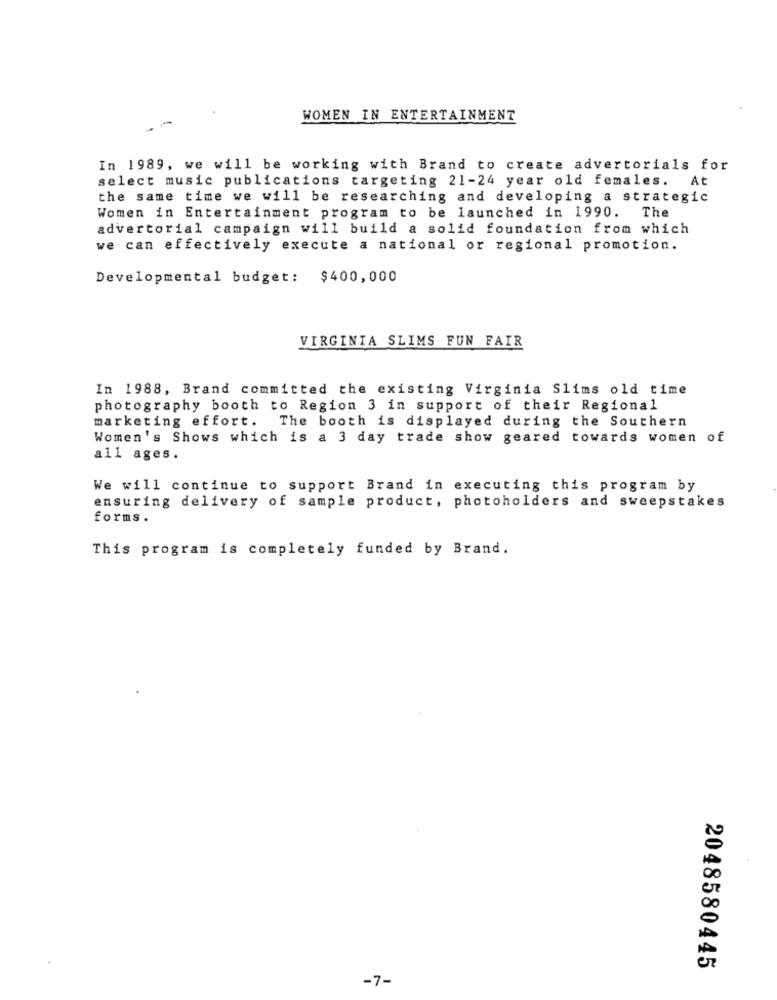
WOMEN IN ENTERTAINMENT
In 1989, we will be working with Brand to create advertorials for
select music publications targeting 21-24 year old females. At
the same time we will be researching and developing a strategic
Women in Entertainment program to be launched in 1990. The
advertorial campaign will build a solid foundation from which
we can effectively execute a national or regional promotion.
Developmental budget: $400,000
VIRGINIA SLIMS FUN FAIR
In 1988, Brand committed the existing Virginia Slims old time
photography booth to Region 3 in support of their Regional
marketing effort. The booth is displayed during the Southern
Women's Shows which is a 3 day trade show geared towards women of
all ages.
We will continue to support Brand in executing this program by
ensuring delivery of sample product, photoholders and sweepstakes
forms.
This program is completely funded by Brand.
2048580445
-7-